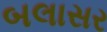
બલાસર